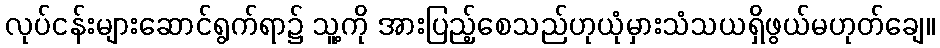
လုပ်ငန်းများဆောင်ရွက်ရာ၌ သူ့ကို အားပြည့်စေသည်ဟုယုံမှားသံသယရှိဖွယ်မဟုတ်ချေ။